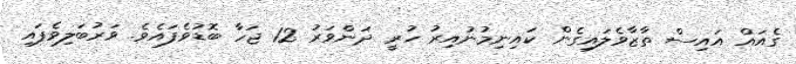
ގެއައް އައިސް ތާޒާވެލައިގެން ކައިނިމުނުއިރު ހުރީ ދަންވަރު 12 ޖަހާ ބޮޑުވެފައެވެ. ވަރުބަލިވެފައި